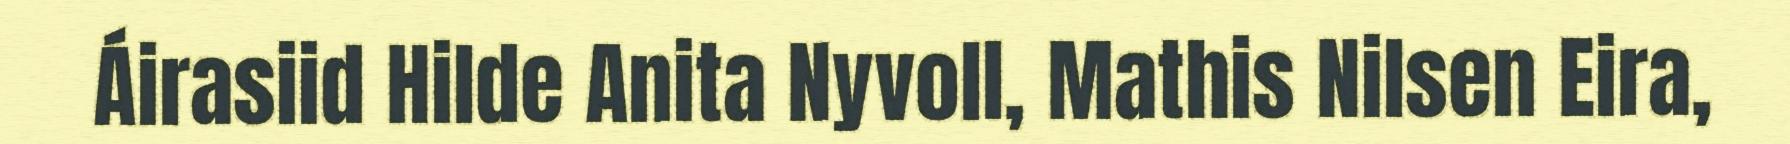
Áirasiid Hilde Anita Nyvoll, Mathis Nilsen Eira,